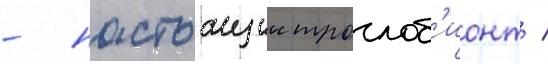
- настоащии троглоб'ионт /